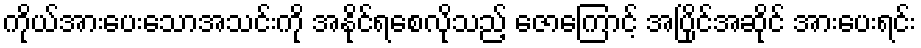
ကိုယ်အားပေးသောအသင်းကို အနိုင်ရစေလိုသည့် ဇောကြောင့် အပြိုင်အဆိုင် အားပေးရင်း